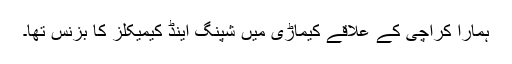
ہمارا کراچی کے علاقے کیماڑی میں شپنگ اینڈ کیمیکلز کا بزنس تھا۔